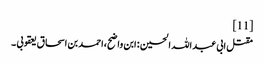
[11]
مقتل ابی عبد اللہ الحسین : ابن واضح،احمد بن اسحاق یعقوبی ۔